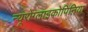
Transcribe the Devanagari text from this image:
न्यूरोग्लाइकोपिनिया